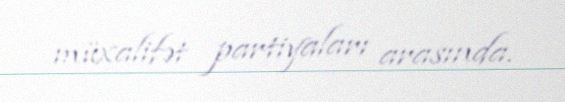
müxalifət partiyaları arasında.